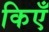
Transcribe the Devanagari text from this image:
किएँ